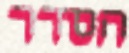
הסדר